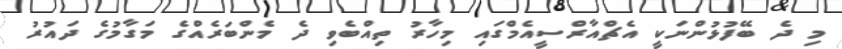
މި ދެ ބޭފުޅުންނަކީ އެޗްއާރްސީއެމްގައި މިހާރު ތިއްބެވި ދެ މެންބަރެއްގެ މަގާމުގެ ދައުރު